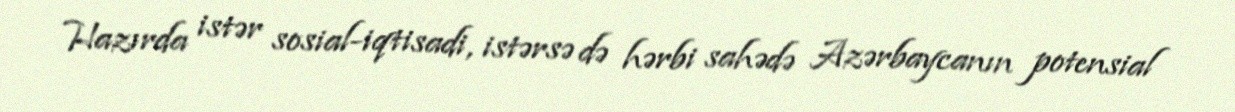
Hazırda istər sosial-iqtisadi, istərsə də hərbi sahədə Azərbaycanın potensial